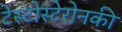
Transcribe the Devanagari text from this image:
टेस्टोस्टेरोनकी